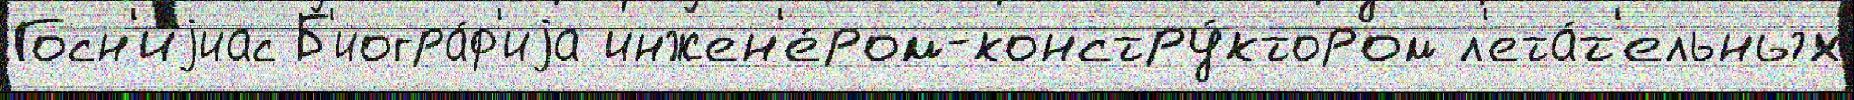
Госн'иjиас Б'иогра́ф'иjа инжен'е́ром-констру́ктором л'ета́т'ельных